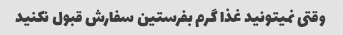
وقتی نمیتونید غذا گرم بفرستین سفارش قبول نکنید